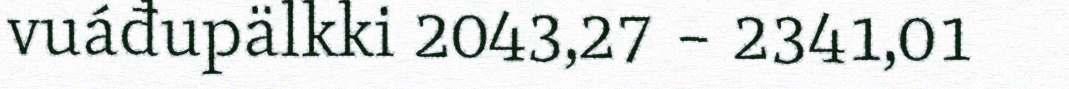
vuáđupälkki 2043,27 – 2341,01